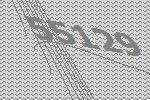
55129